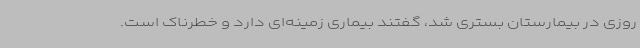
روزی در بیمارستان بستری شد، گفتند بیماری زمینه‌ای دارد و خطرناک است.